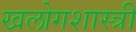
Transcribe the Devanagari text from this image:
खलोगशास्त्री